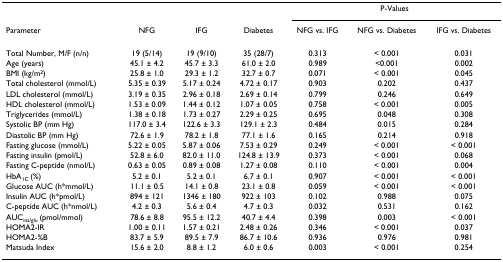
<table><thead><tr><td></td><td></td><td></td><td></td><td colspan="3"><b>P-Values</b></td></tr><tr><td><b>Parameter</b></td><td><b>NFG</b></td><td><b>IFG</b></td><td><b>Diabetes</b></td><td><b>NFG vs. IFG</b></td><td><b>NFG vs. Diabetes</b></td><td><b>IFG vs. Diabetes</b></td></tr></thead><tbody><tr><td>Total Number, M/F (n/n)</td><td>19 (5/14)</td><td>19 (9/10)</td><td>35 (28/7)</td><td>0.313</td><td>&lt; 0.001</td><td>0.031</td></tr><tr><td>Age (years)</td><td>45.1 ± 4.2</td><td>45.7 ± 3.3</td><td>61.0 ± 2.0</td><td>0.989</td><td>&lt;0.001</td><td>0.002</td></tr><tr><td>BMI (kg/m<sup>2</sup>)</td><td>25.8 ± 1.0</td><td>29.3 ± 1.2</td><td>32.7 ± 0.7</td><td>0.071</td><td>&lt; 0.001</td><td>0.045</td></tr><tr><td>Total cholesterol (mmol/L)</td><td>5.35 ± 0.39</td><td>5.17 ± 0.24</td><td>4.72 ± 0.17</td><td>0.903</td><td>0.202</td><td>0.437</td></tr><tr><td>LDL cholesterol (mmol/L)</td><td>3.19 ± 0.35</td><td>2.96 ± 0.18</td><td>2.69 ± 0.14</td><td>0.799</td><td>0.246</td><td>0.649</td></tr><tr><td>HDL cholesterol (mmol/L)</td><td>1.53 ± 0.09</td><td>1.44 ± 0.12</td><td>1.07 ± 0.05</td><td>0.758</td><td>&lt; 0.001</td><td>0.005</td></tr><tr><td>Triglycerides (mmol/L)</td><td>1.38 ± 0.18</td><td>1.73 ± 0.27</td><td>2.29 ± 0.25</td><td>0.695</td><td>0.048</td><td>0.308</td></tr><tr><td>Systolic BP (mm Hg)</td><td>117.0 ± 3.4</td><td>122.6 ± 3.3</td><td>129.1 ± 2.3</td><td>0.484</td><td>0.015</td><td>0.284</td></tr><tr><td>Diastolic BP (mm Hg)</td><td>72.6 ± 1.9</td><td>78.2 ± 1.8</td><td>77.1 ± 1.6</td><td>0.165</td><td>0.214</td><td>0.918</td></tr><tr><td>Fasting glucose (mmol/L)</td><td>5.22 ± 0.05</td><td>5.87 ± 0.06</td><td>7.53 ± 0.29</td><td>0.249</td><td>&lt; 0.001</td><td>&lt; 0.001</td></tr><tr><td>Fasting insulin (pmol/L)</td><td>52.8 ± 6.0</td><td>82.0 ± 11.0</td><td>124.8 ± 13.9</td><td>0.373</td><td>&lt; 0.001</td><td>0.068</td></tr><tr><td>Fasting C-peptide (nmol/L)</td><td>0.63 ± 0.05</td><td>0.89 ± 0.08</td><td>1.27 ± 0.08</td><td>0.110</td><td>&lt; 0.001</td><td>0.004</td></tr><tr><td>HbA<sub>1C </sub>(%)</td><td>5.2 ± 0.1</td><td>5.2 ± 0.1</td><td>6.7 ± 0.1</td><td>0.907</td><td>&lt; 0.001</td><td>&lt; 0.001</td></tr><tr><td>Glucose AUC (h*mmol/L)</td><td>11.1 ± 0.5</td><td>14.1 ± 0.8</td><td>23.1 ± 0.8</td><td>0.059</td><td>&lt; 0.001</td><td>&lt; 0.001</td></tr><tr><td>Insulin AUC (h*pmol/L)</td><td>894 ± 121</td><td>1346 ± 180</td><td>922 ± 103</td><td>0.102</td><td>0.988</td><td>0.075</td></tr><tr><td>C-peptide AUC (h*nmol/L)</td><td>4.2 ± 0.3</td><td>5.6 ± 0.4</td><td>4.7 ± 0.3</td><td>0.032</td><td>0.531</td><td>0.162</td></tr><tr><td>AUC<sub>ins/glu </sub>(pmol/mmol)</td><td>78.6 ± 8.8</td><td>95.5 ± 12.2</td><td>40.7 ± 4.4</td><td>0.398</td><td>0.003</td><td>&lt; 0.001</td></tr><tr><td>HOMA2-IR</td><td>1.00 ± 0.11</td><td>1.57 ± 0.21</td><td>2.48 ± 0.26</td><td>0.346</td><td>&lt; 0.001</td><td>0.037</td></tr><tr><td>HOMA2-%B</td><td>83.7 ± 5.9</td><td>89.5 ± 7.9</td><td>86.7 ± 10.6</td><td>0.936</td><td>0.976</td><td>0.981</td></tr><tr><td>Matsuda Index</td><td>15.6 ± 2.0</td><td>8.8 ± 1.2</td><td>6.0 ± 0.6</td><td>0.003</td><td>&lt; 0.001</td><td>0.254</td></tr></tbody></table>